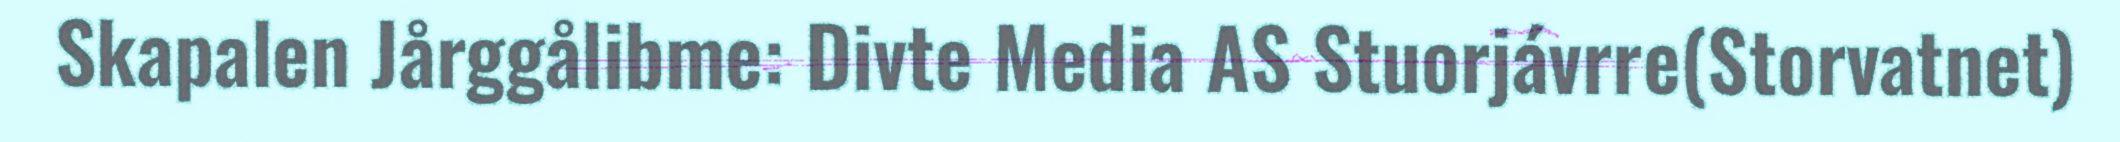
Skapalen Jårggålibme: Divte Media AS Stuorjávrre(Storvatnet)